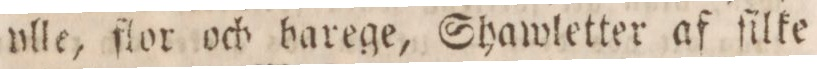
vlle, flor och barege, Shawletter af ſilke